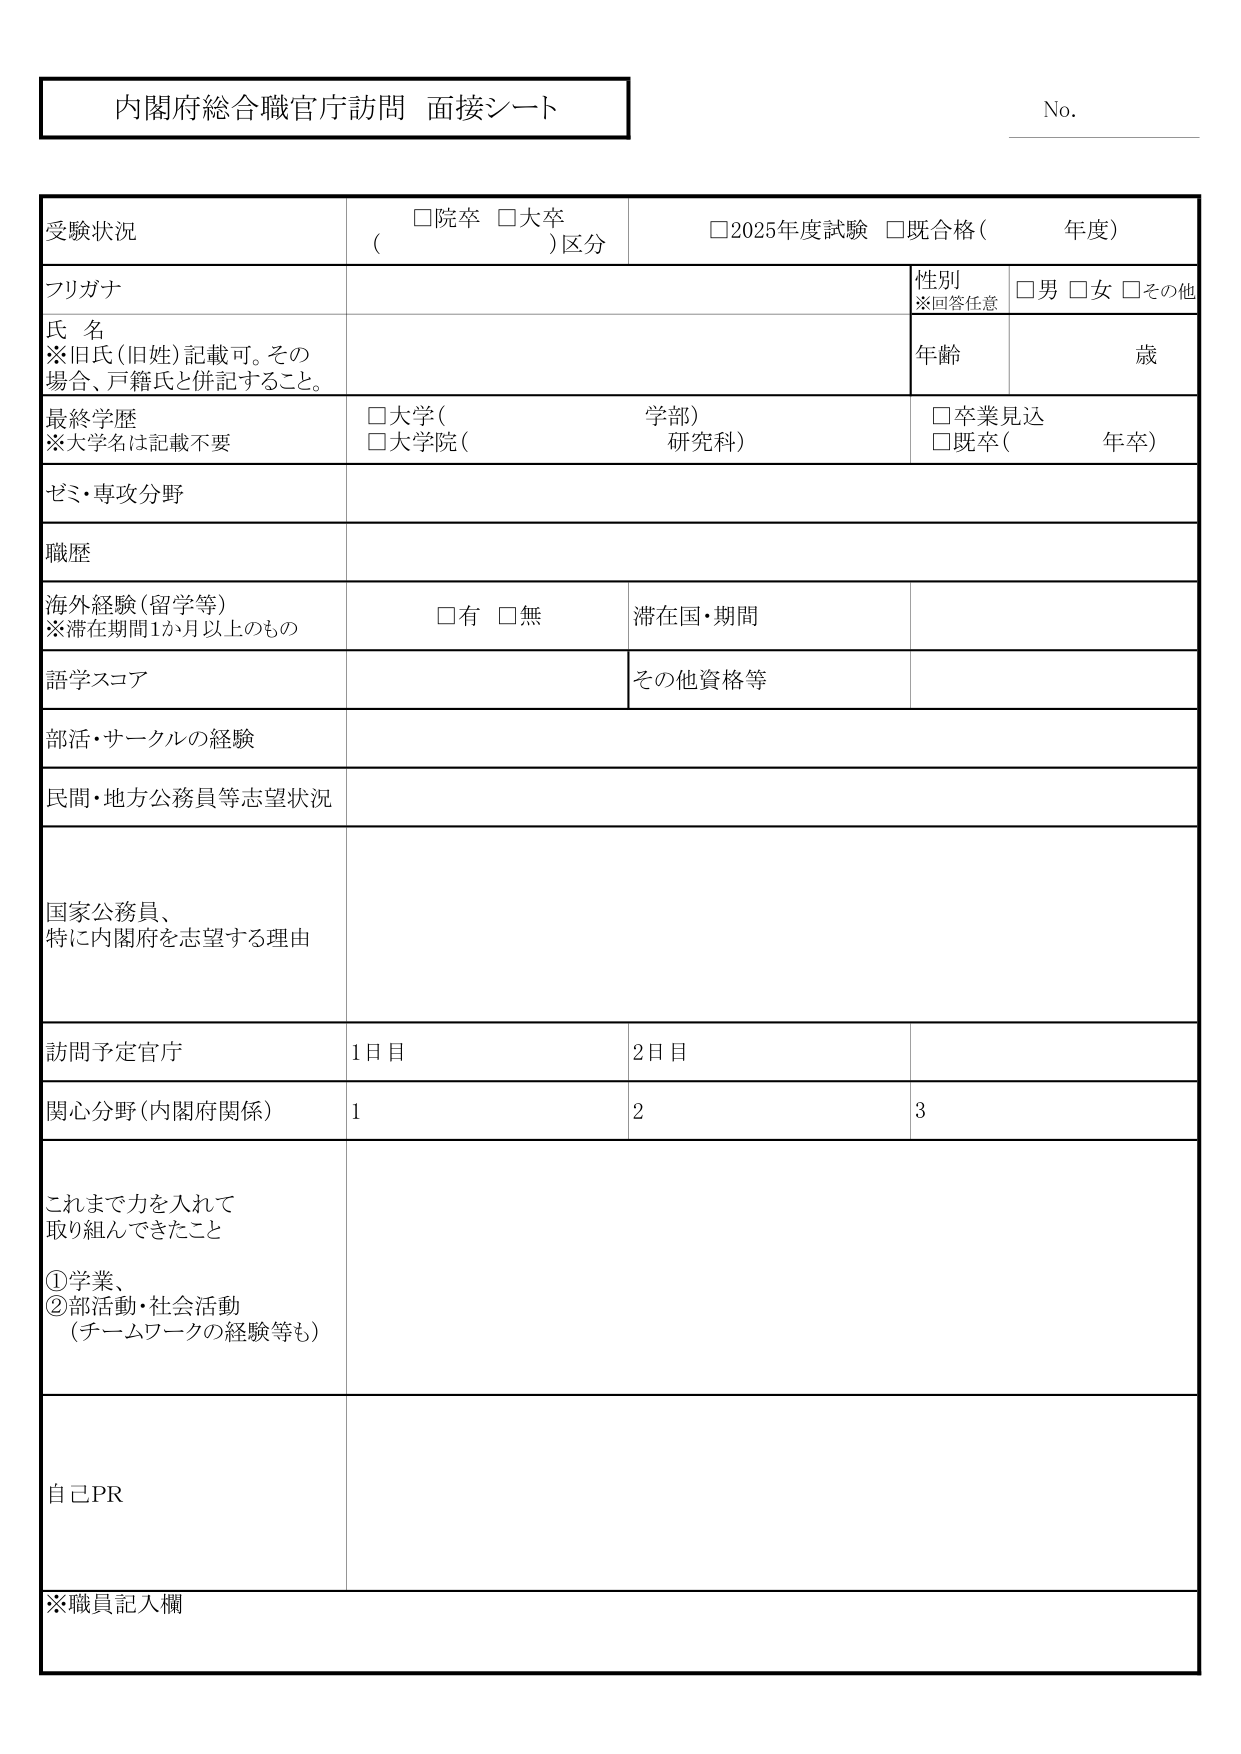
内閣府総合職官庁訪問 面接シート

No.

受験状況
□院卒 □大卒
( )区分
□2025年度試験 □既合格( 年度)

フリガナ
氏 名
※旧氏(旧姓)記載可。その
場合、戸籍氏と併記すること。
性別
※回答任意
□男 □女 □その他
年齢 歳

最終学歴
※大学名は記載不要
□大学( 学部)
□大学院( 研究科)
□卒業見込
□既卒( 年卒)

ゼミ・専攻分野

職歴

海外経験(留学等)
※滞在期間1か月以上なもの
□有 □無
滞在国・期間

語学スコア
その他資格等

部活・サークルの経験

民間・地方公務員等志望状況

国家公務員、
特に内閣府を志望する理由

訪問予定官庁
1日目
2日目

関心分野(内閣府関係)
1
2
3

これまで力を入れて
取り組んできたこと
①学業、
②部活動・社会活動
(チームワークの経験等も)

自己PR

※職員記入欄